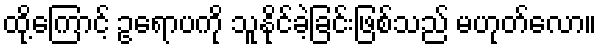
ထို့ကြောင့် ဥရောပကို သူနိုင်ခဲ့ခြင်းဖြစ်သည် မဟုတ်လော။